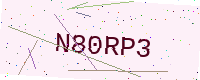
Text: N80RP3